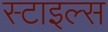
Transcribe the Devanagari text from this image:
स्‍टाइल्‍स